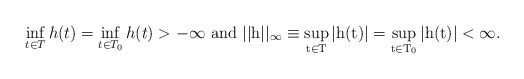
\begin{align*} \inf_{t \in T}h(t) = \inf_{t \in T_0}h(t) > - \infty~\rm {and}~ ||h||_{\infty} \equiv \sup_{t \in T}|h(t)| = \sup_{t \in T_0}|h(t)| < \infty.\end{align*}